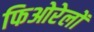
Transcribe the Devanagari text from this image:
फिओरेलों